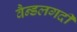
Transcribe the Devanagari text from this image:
वैन्डलगर्दी